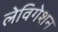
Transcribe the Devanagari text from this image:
लेविगेशन